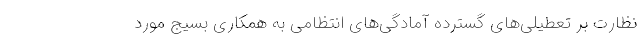
نظارت بر تعطیلی‌های گسترده آمادگی‌های انتظامی به همکاری بسیج مورد